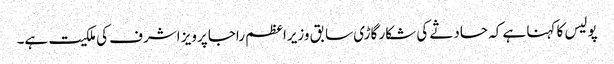
پولیس کا کہنا ہے کہ حادثے کی شکار گاڑی سابق وزیراعظم راجا پرویز اشرف کی ملکیت ہے۔